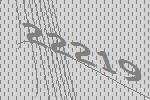
22219